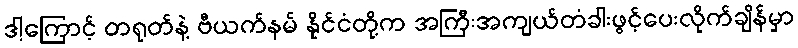
ဒါ့ကြောင့် တရုတ်နဲ့ ဗီယက်နမ် နိုင်ငံတို့က အကြီးအကျယ်တံခါးဖွင့်ပေးလိုက်ချိန်မှာ